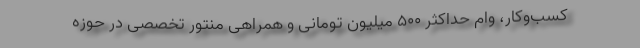
کسب‌وکار، وام حداکثر ۵۰۰ میلیون تومانی و همراهی منتور تخصصی در حوزه